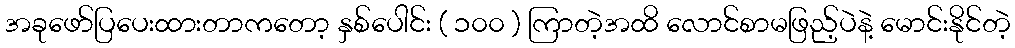
အခုဖော်ပြပေးထားတာကတော့ နှစ်ပေါင်း ( ၁၀၀ ) ကြာတဲ့အထိ လောင်စာမဖြည့်ပဲနဲ့ မောင်းနိုင်တဲ့